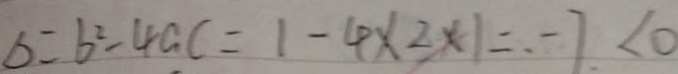
\Delta = b ^ { 2 } - 4 a c = 1 - 4 \times 2 \times 1 = . - 7 < 0